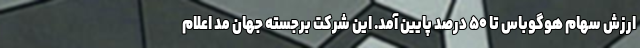
ارزش سهام هوگوباس تا ۵۰ درصد پایین آمد. این شرکت برجسته جهان مد اعلام